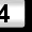
Digit: 4